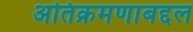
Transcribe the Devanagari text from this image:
अतिक्रमणाबद्दल